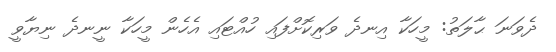
ދެވަނަ ޙާލަތު: މީހަކާ އިނދެ ވަރިކޮށްފައި ހުއްޓައި އެހެން މީހަކާ ނީނދެ ނިޔާވީ